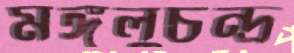
মঙ্গলুচন্দ্র